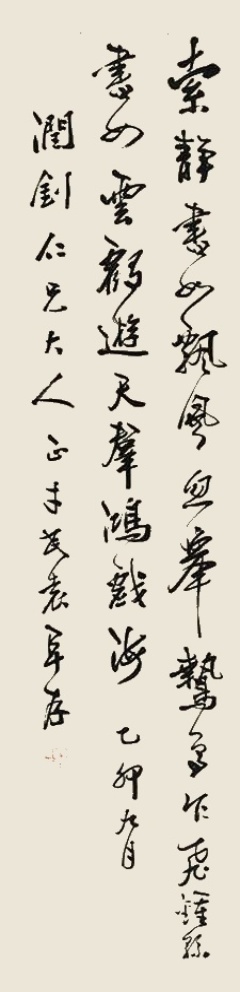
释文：王子敬书如河朔少年，皆充悦，举体沓拖，而不可耐……钟繇书如云鹤游天，群鸿戏海。乙卯九月，润钊仁兄大人正，才民袁阜存。